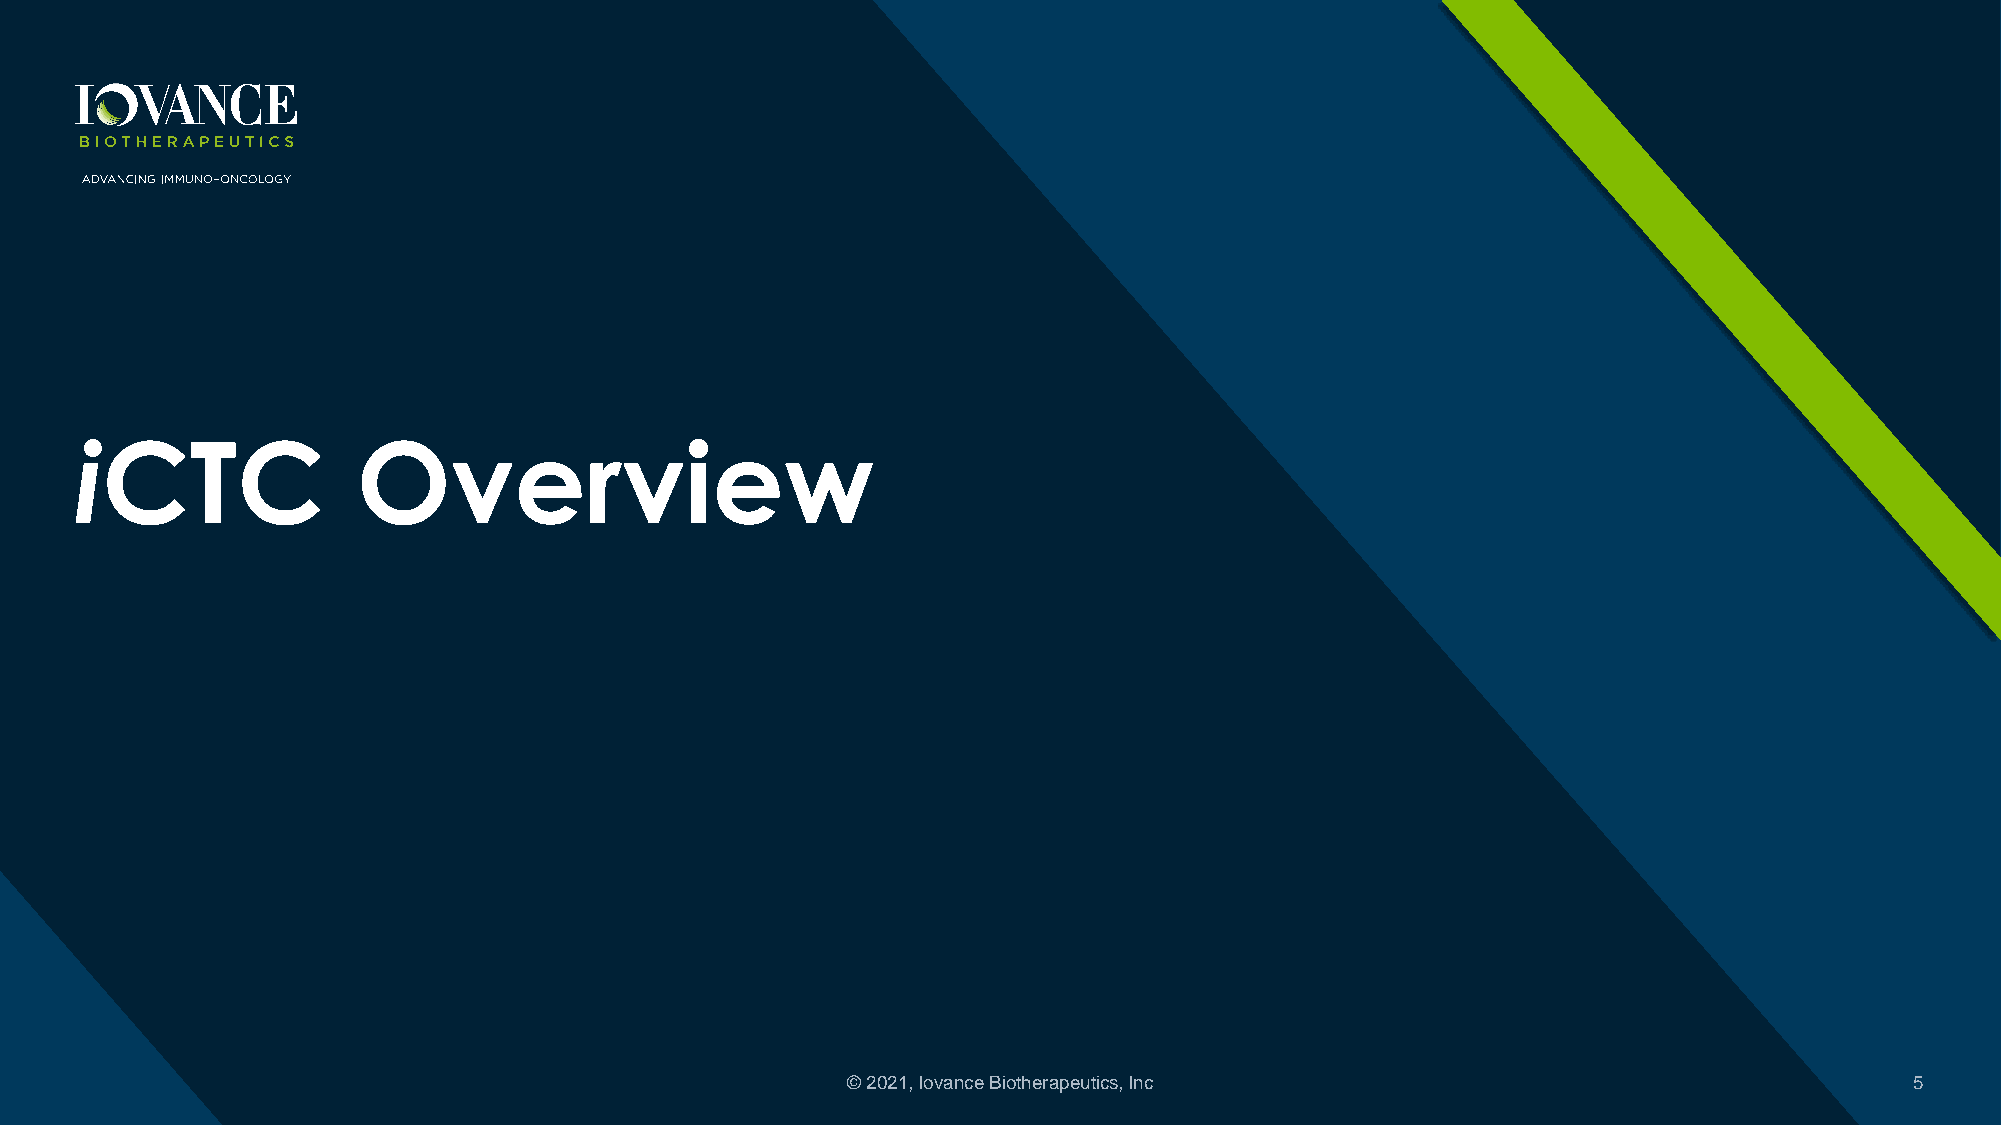
iCTC               Overview
 © 2021, Iovance Biotherapeutics, Inc                                   5